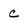
Character: c